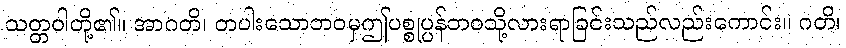
သတ္တဝါတို့၏။ အာဂတိ၊ တပါးသောဘဝမှဤပစ္စုပ္ပန်ဘဝသို့လားရာခြင်းသည်လည်းကောင်း။ ဂတိ၊